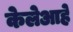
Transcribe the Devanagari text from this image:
केलेआहे